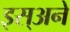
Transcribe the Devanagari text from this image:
इस्अने